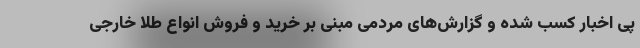
پی اخبار کسب شده و گزارش‌های مردمی مبنی بر خرید و فروش انواع طلا خارجی